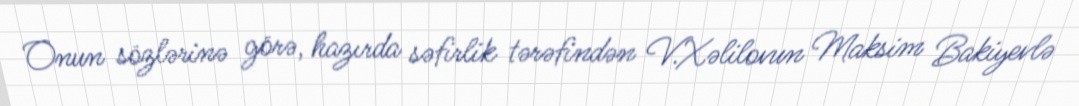
Onun sözlərinə görə, hazırda səfirlik tərəfindən V.Xəlilovun Maksim Bakiyevlə